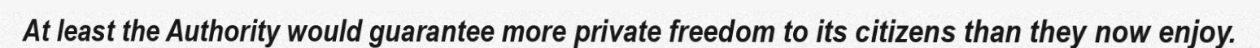
At least the Authority would guarantee more private freedom to its citizens than they now enjoy.